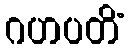
ဂဟပတိံ